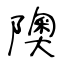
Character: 隩